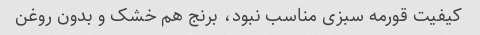
کیفیت قورمه سبزی مناسب نبود، برنج هم خشک و بدون روغن